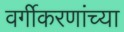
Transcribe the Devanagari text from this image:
वर्गीकरणांच्या